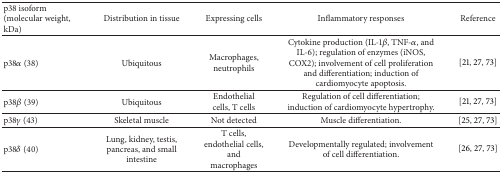
<table><thead><tr><td><b>p38 isoform (molecular weight, kDa)</b></td><td><b>Distribution in tissue</b></td><td><b>Expressing cells</b></td><td><b>Inflammatory responses </b></td><td><b>Reference</b></td></tr></thead><tbody><tr><td>p38<i>α</i> (38)</td><td>Ubiquitous</td><td>Macrophages, neutrophils</td><td>Cytokine production (IL-1<i>β</i>, TNF-<i>α</i>, and IL-6); regulation of enzymes (iNOS, COX2); involvement of cell proliferation and differentiation; induction of cardiomyocyte apoptosis.</td><td> [21, 27, 73]</td></tr><tr><td>p38<i>β</i> (39)</td><td>Ubiquitous</td><td>Endothelial cells, T cells</td><td>Regulation of cell differentiation; induction of cardiomyocyte hypertrophy.</td><td>[21, 27, 73]</td></tr><tr><td>p38<i>γ</i> (43)</td><td>Skeletal muscle</td><td>Not detected</td><td>Muscle differentiation.</td><td>[25, 27, 73]</td></tr><tr><td>p38<i>δ</i> (40)</td><td>Lung, kidney, testis, pancreas, and small intestine</td><td>T cells, endothelial cells, and macrophages</td><td>Developmentally regulated; involvement of cell differentiation.</td><td>[26, 27, 73]</td></tr></tbody></table>